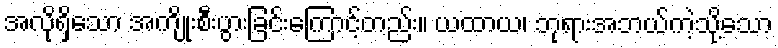
အလိုရှိသော အကျိုးစီးပွားခြင်းကြောင့်တည်း။ ယထာယ၊ ဘုရားအဘယ်ကဲ့သို့သော